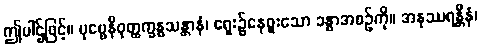
ဤပါဌ်ဖြင့်။ ပုဗ္ဗေနိဝုတ္ထက္ခန္ဓသန္တာနံ၊ ရှေး၌နေဖူးသော ခန္ဓာအစဉ်ကို။ အနုဿရန္တီနံ၊